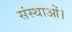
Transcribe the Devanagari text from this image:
संस्थाओं।